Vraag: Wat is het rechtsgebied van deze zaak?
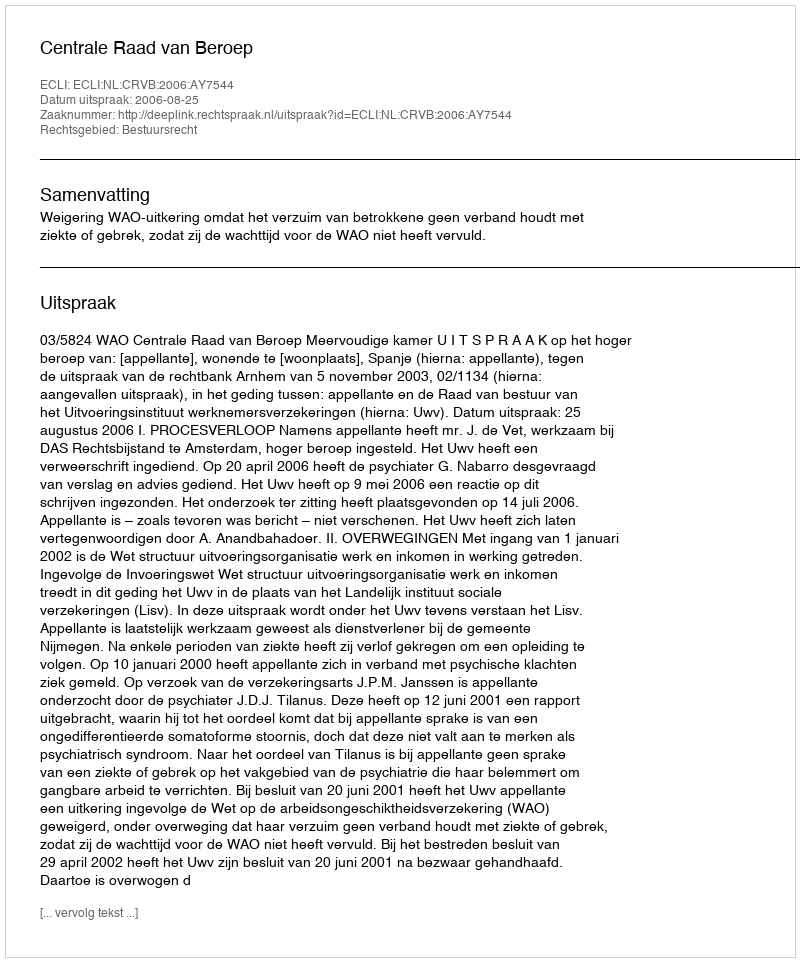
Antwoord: Bestuursrecht